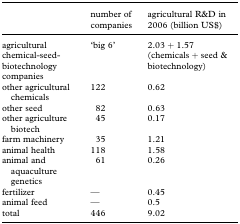
<table><thead><tr><td></td><td><b>number of companies</b></td><td><b>agricultural R&amp;D in 2006 (billion US$)</b></td></tr></thead><tbody><tr><td>agricultural chemical-seed-biotechnology companies</td><td>‘big 6’</td><td>2.03 + 1.57 (chemicals + seed &amp; biotechnology)</td></tr><tr><td>other agricultural chemicals</td><td>122</td><td>0.62</td></tr><tr><td>other seed</td><td>82</td><td>0.63</td></tr><tr><td>other agriculture biotech</td><td>45</td><td>0.17</td></tr><tr><td>farm machinery</td><td>35</td><td>1.21</td></tr><tr><td>animal health</td><td>118</td><td>1.58</td></tr><tr><td>animal and aquaculture genetics</td><td>61</td><td>0.26</td></tr><tr><td>fertilizer</td><td>—</td><td>0.45</td></tr><tr><td>animal feed</td><td>—</td><td>0.5</td></tr><tr><td>total</td><td>446</td><td>9.02</td></tr></tbody></table>